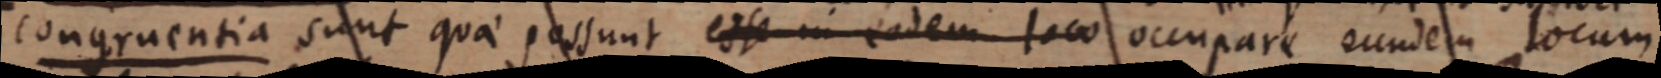
congruentia sunt quae possunt esse in eodem loco occupare eundem locum